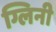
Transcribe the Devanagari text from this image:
ग्लिनी